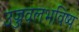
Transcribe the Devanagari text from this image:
उज्जवलभविष्य